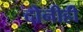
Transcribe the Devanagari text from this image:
दोनीही